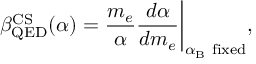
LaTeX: \beta _ { \mathrm { \tiny { Q E D } } } ^ { \mathrm { \tiny { C S } } } ( \alpha ) = \frac { m _ { e } } { \alpha } \frac { d \alpha } { d m _ { e } } \biggr | _ { \alpha _ { \mathrm { \tiny { B } } } \mathrm { \scriptsize { ~ f i x e d } } } ,